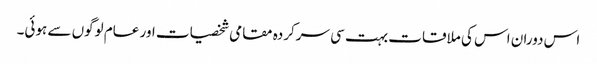
اس دوران اس کی ملاقات بہت سی سرکردہ مقامی شخصیات اور عام لوگوں سے ہوئی۔